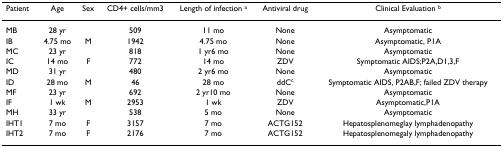
| Patient | Age | Sex | CD4+ cells/mm3 | Length of infection a | Antiviral drug | Clinical Evaluation b |
 | --- | --- | --- | --- | --- | --- | --- |
 | MB | 28 yr |  | 509 | 11 mo | None | Asymptomatic |
 | IB | 4.75 mo | M | 1942 | 4.75 mo | None | Asymptomatic, P1A |
 | MC | 23 yr |  | 818 | 1 yr6 mo | None | Asymptomatic |
 | IC | 14 mo | F | 772 | 14 mo | ZDV | Symptomatic AIDS;P2A,D1,3,F |
 | MD | 31 yr |  | 480 | 2 yr6 mo | None | Asymptomatic |
 | ID | 28 mo | M | 46 | 28 mo | ddCc | Symptomatic AIDS, P2AB,F; failed ZDV therapy |
 | MF | 23 yr |  | 692 | 2 yr10 mo | None | Asymptomatic |
 | IF | 1 wk | M | 2953 | 1 wk | ZDV | Asymptomatic,P1A |
 | MH | 33 yr |  | 538 | 5 mo | None | Asymptomatic |
 | IHT1 | 7 mo | F | 3157 | 7 mo | ACTG152 | Hepatosplenomeglay lymphadenopathy |
 | IHT2 | 7 mo | F | 2176 | 7 mo | ACTG152 | Hepatosplenomegaly lymphadenopathy |